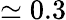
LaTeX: \simeq 0.3